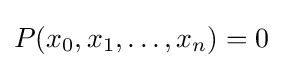
P(x_{0},x_{1},\ldots ,x_{n})=0